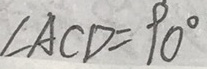
\angle A C D = 9 0 ^ { \circ }